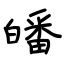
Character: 皤